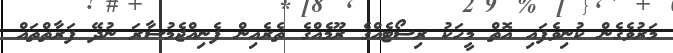
މަރުވެގެން ކުނިވެފައި އޮތް މީހަކު ރިސޯޓެއްގެ ރޫމެއްގެ ތެރެއިން ފެނިއްޖެމުސާރަ ނުދޭ ފަރާތްތައް